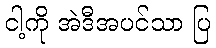
ငါ့ကို အဲဒီအပင်သာ ပြ